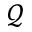
\mathcal { Q }